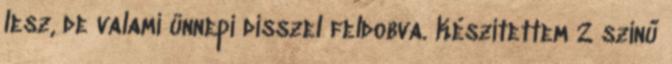
lesz, de valami ünnepi dísszel feldobva. Készítettem 2 színű